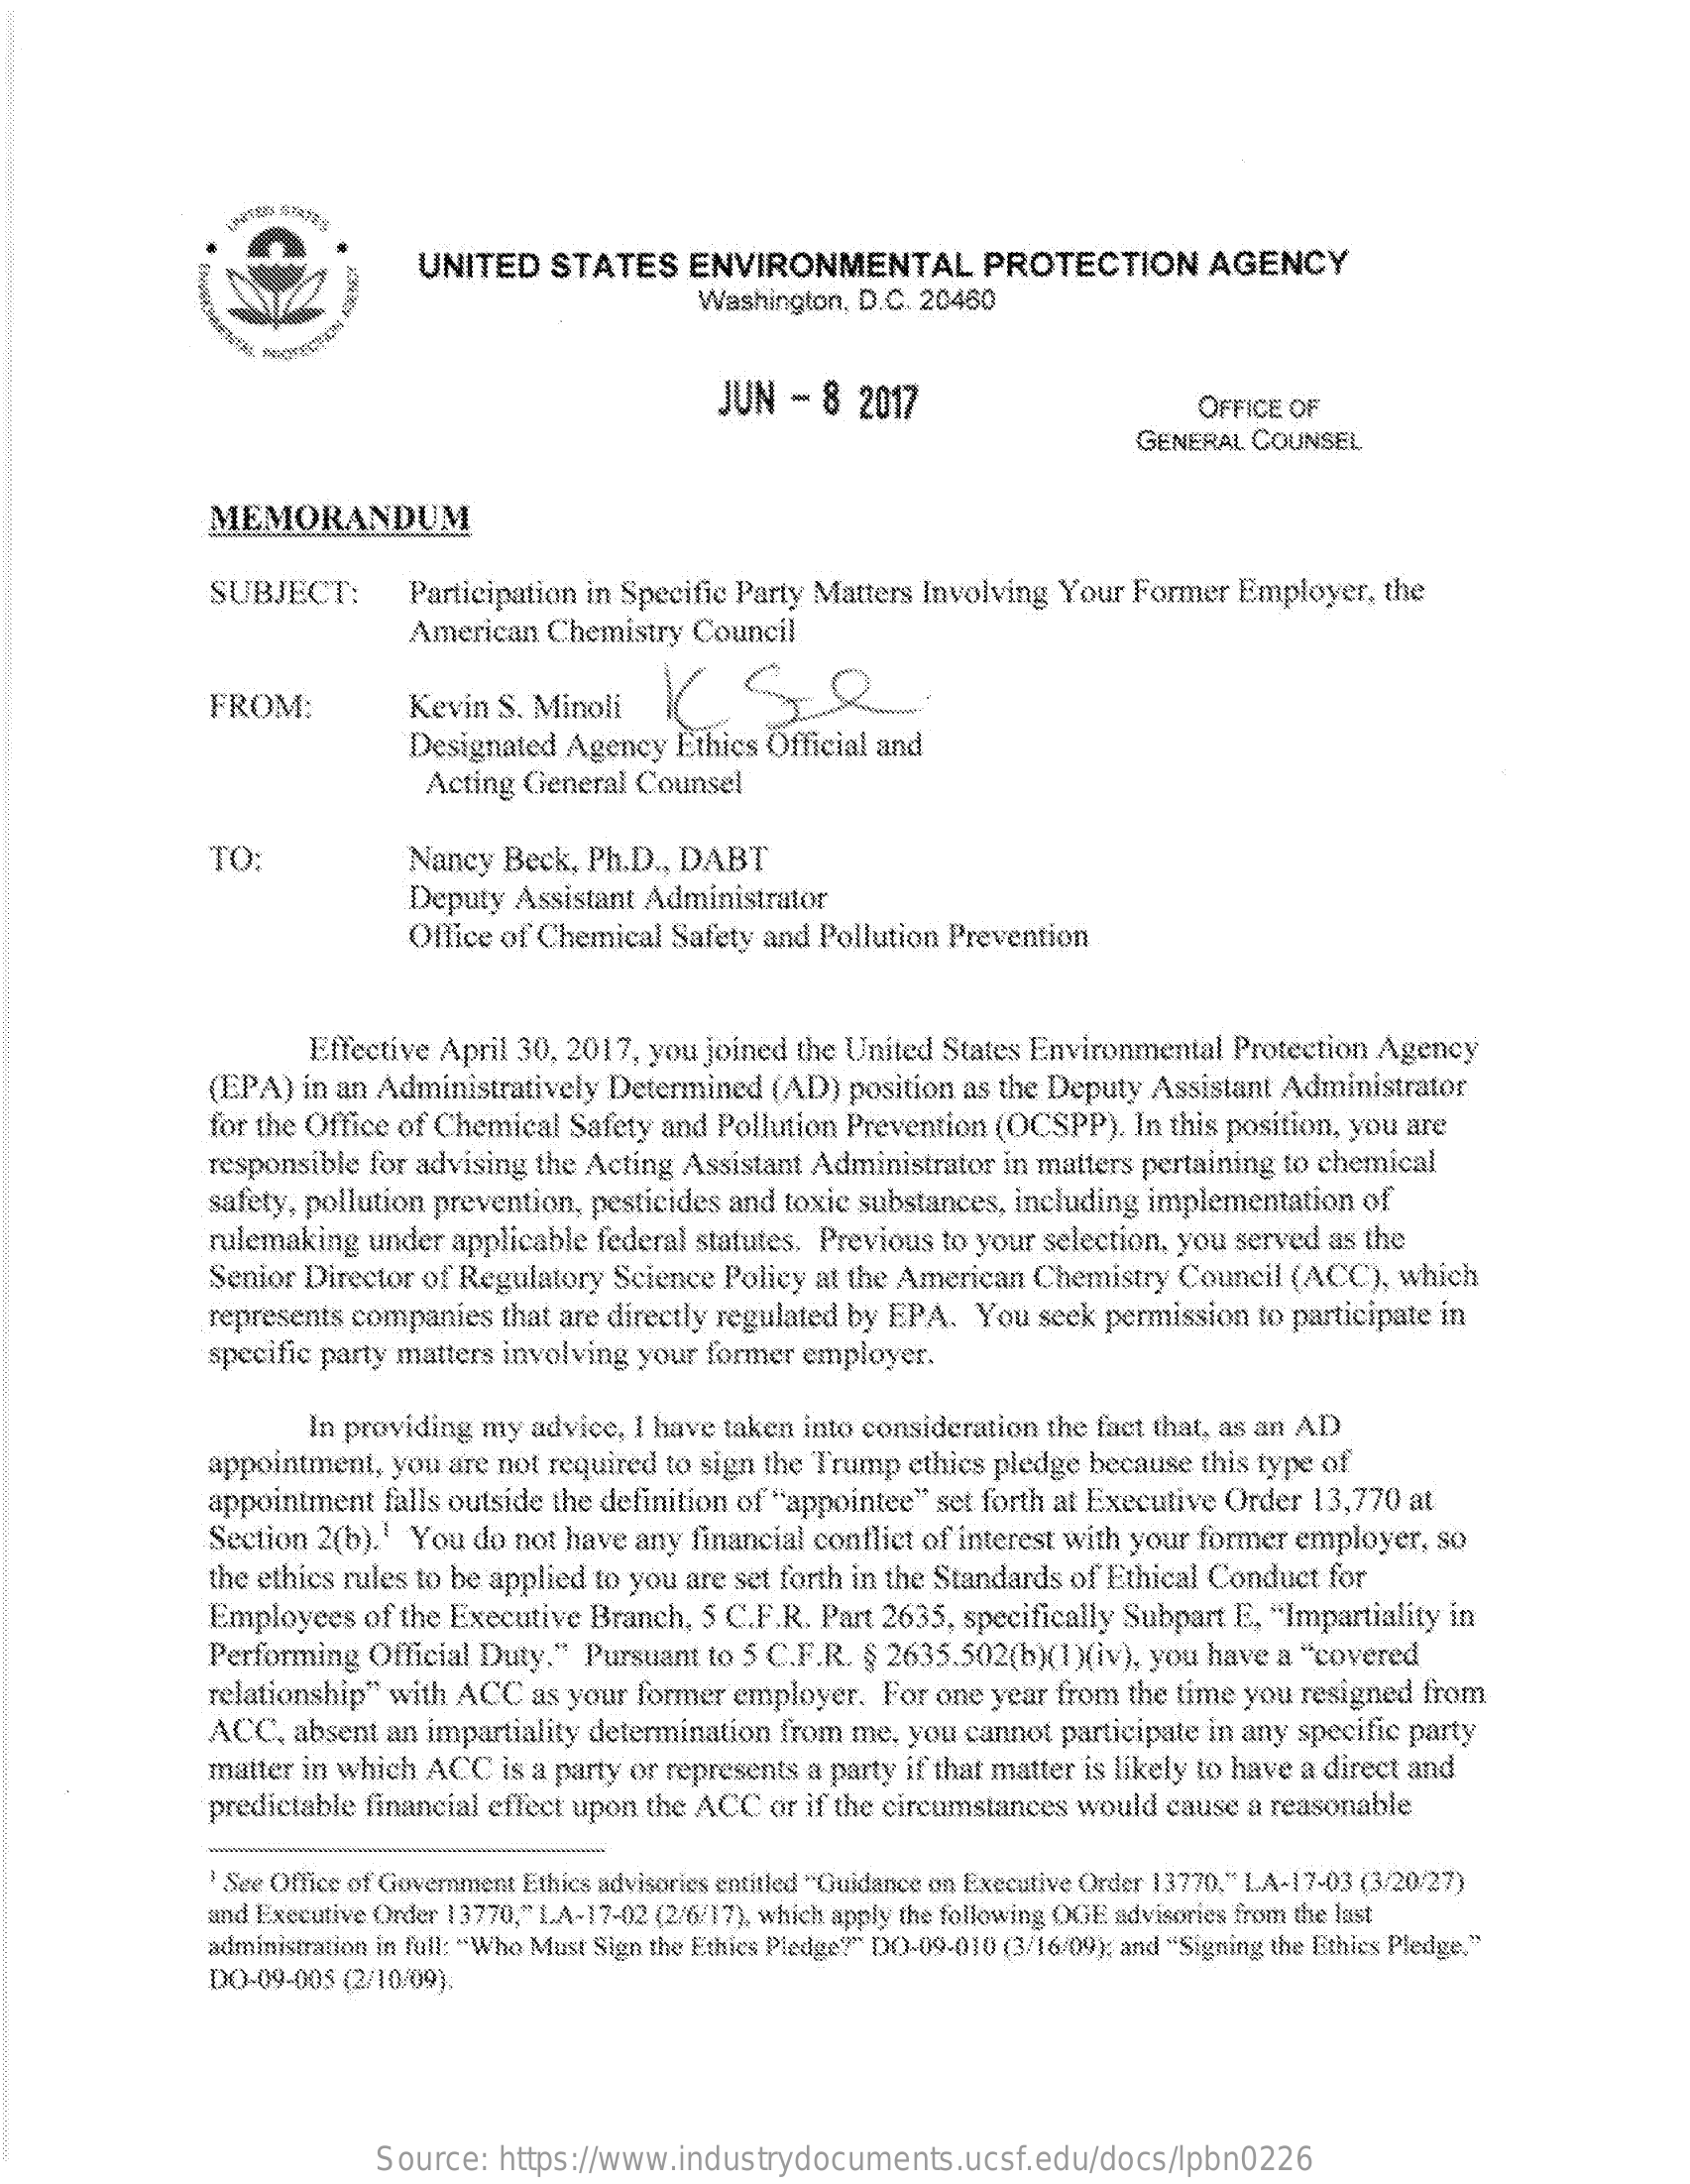
UNITED    STATES    ENVIRONMENTAL    PROTECTION    AGENCY
     Washington, D.C. 20460
     JUN   - 8  2017    OFFICE OF
     GENERAL  COUNSEL
     MEMORANDUM
     SUBJECT:    Participation in Specific Party Matters Involving Your  Former  Employer,  the
     American  Chemistry  Council
     FROM:    Kevin S. Minoli
     Designated Agency   Ethics Official and
     Acting General  Counsel
     TO:    Nancy Beck,  Ph.D ., DABT
     Deputy Assistant Administrator
     Office of Chemical Safety and  Pollution Prevention
     Effective April 30, 2017, you joined the United States Environmental  Protection Agency
     (EPA)  in an Administratively  Determined  (AD)  position as the Deputy Assistant Administrator
     for the Office of Chemical  Safety and Pollution Prevention (OCSPP).   In this position, you are
     responsible for advising the Acting Assistant Administrator  in matters pertaining to chemical
     safety, pollution prevention, pesticides and toxic substances, including implementation of
     rulemaking  under  applicable federal statutes. Previous to your selection, you served as the
     Senior Director of Regulatory  Science Policy at the American  Chemistry  Council  (ACC),  which
     represents companies  that are directly regulated by EPA.  You  seek permission to participate in
     specific party matters involving your former  employer.
     In providing my  advice, I have taken into consideration the fact that, as an AD
     appointment,  you are not required to sign the Trump  ethics pledge because this type of
     appointment  falls outside the definition of "appointee" set forth at Executive Order 13,770 at
     Section 2(b).1 You  do not have any  financial conflict of interest with your former employer, so
     the ethics rules to be applied to you are set forth in the Standards of Ethical Conduct for
     Employees   of the Executive Branch,  5 C.F.R. Part 2635, specifically Subpart E. "Impartiality in
     Performing  Official Duty."  Pursuant to 5 C.F.R. $ 2635.502(b)(1)(iv), you have  a "covered
     relationship" with ACC   as your former employer.  For  one year from the time you  resigned from
     ACC,  absent  an impartiality determination from me, you  cannot participate in any specific party
     matter in which  ACC  is a party or represents a party if that matter is likely to have a direct and
     predictable financial effect upon the ACC  or if the circumstances would cause a reasonable
     See Office of Government Ethics advisories entitled "Guidance on Executive Order 13770," LA-17-03 (3/20/27)
     and Executive Order 13770," LA-17-02 (2/6/17), which apply the following OGE advisories from the last
     administration in full: "Who Must Sign the Ethics Pledge?"" DO-09-010 (3/16/09); and "Signing the Ethics Pledge."
     DO-09-005 (2/10/09).
     Source:   https://www.industrydocuments.ucsf.edu/docs/lpbn0226